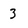
Character: 3